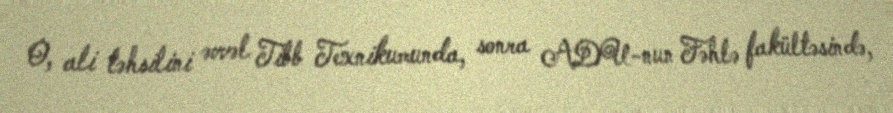
O, ali təhsilini əvvəl Tibb Texnikumunda, sonra ADU-nun Fəhlə fakültəsində,